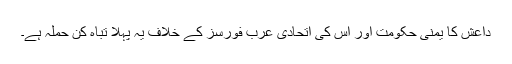
داعش کا یمنی حکومت اور اس کی اتحادی عرب فورسز کے خلاف یہ پہلا تباہ کن حملہ ہے۔